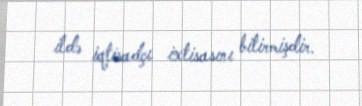
ildə iqtisadçı ixtisasını bitirmişdir.